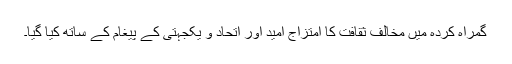
گمراہ کردہ میں مخالف ثقافت کا امتزاج امید اور اتحاد و یکجہتی کے پیغام کے ساتھ کیا گیا۔